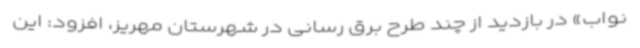
نواب» در بازدید از چند طرح برق رسانی در شهرستان مهریز، افزود: این